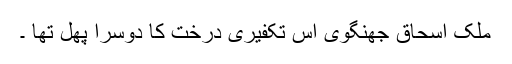
ملک اسحاق جھنگوی اس تکفیری درخت کا دوسرا پھل تھا ۔